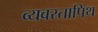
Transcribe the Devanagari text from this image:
व्यवस्तापिथ